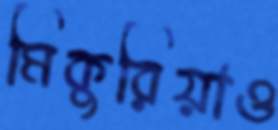
মিকুরিয়াও